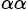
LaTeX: _{\alpha\alpha}